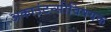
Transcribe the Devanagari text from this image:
अकाउंटन्सीविषयक